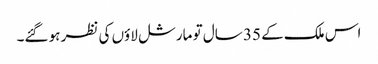
اس ملک کے 35 سال تو مارشل لاؤں کی نظر ہو گئے۔